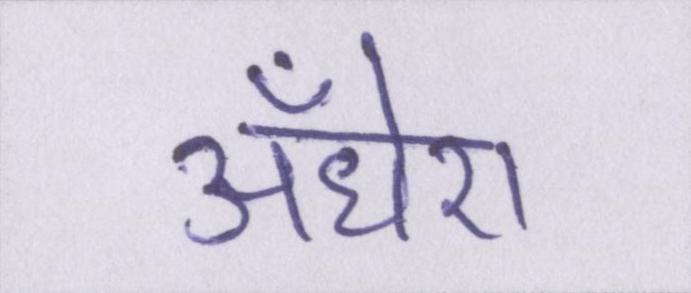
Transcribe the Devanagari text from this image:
अँधेरा